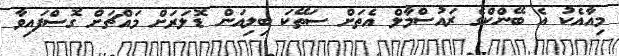
މިއާއެކު އެ ބޭންކްގެ ރައުސްމާލް އެތަށް ސަތޭކަ ބިލިއަން ޑޮލަރަށް މައްޗަށް ގޮސްފައިވާ